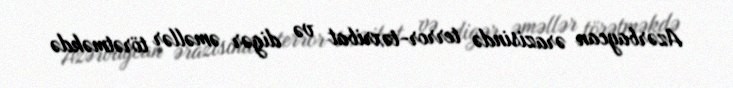
Azərbaycan ərazisində terror-təxribat və digər əməllər törətməkdə